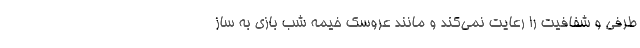
طرفی و شفافیت را رعایت نمی‌کند و مانند عروسک خیمه شب بازی به ساز